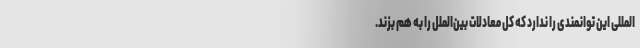
المللی این توانمندی را ندارد که کل معادلات بین‌الملل را به هم بزند.